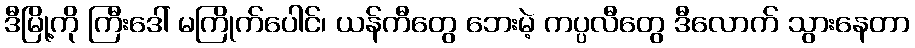
ဒီမြို့ကို ကြီးဒေါ် မကြိုက်ပေါင်၊ ယန်ကီတွေ ဘေးမဲ့ ကပ္ပလီတွေ ဒီလောက် သွားနေတာ